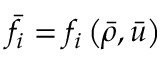
\bar { f } _ { i } = f _ { i } \left( \bar { \rho } , \bar { u } \right)